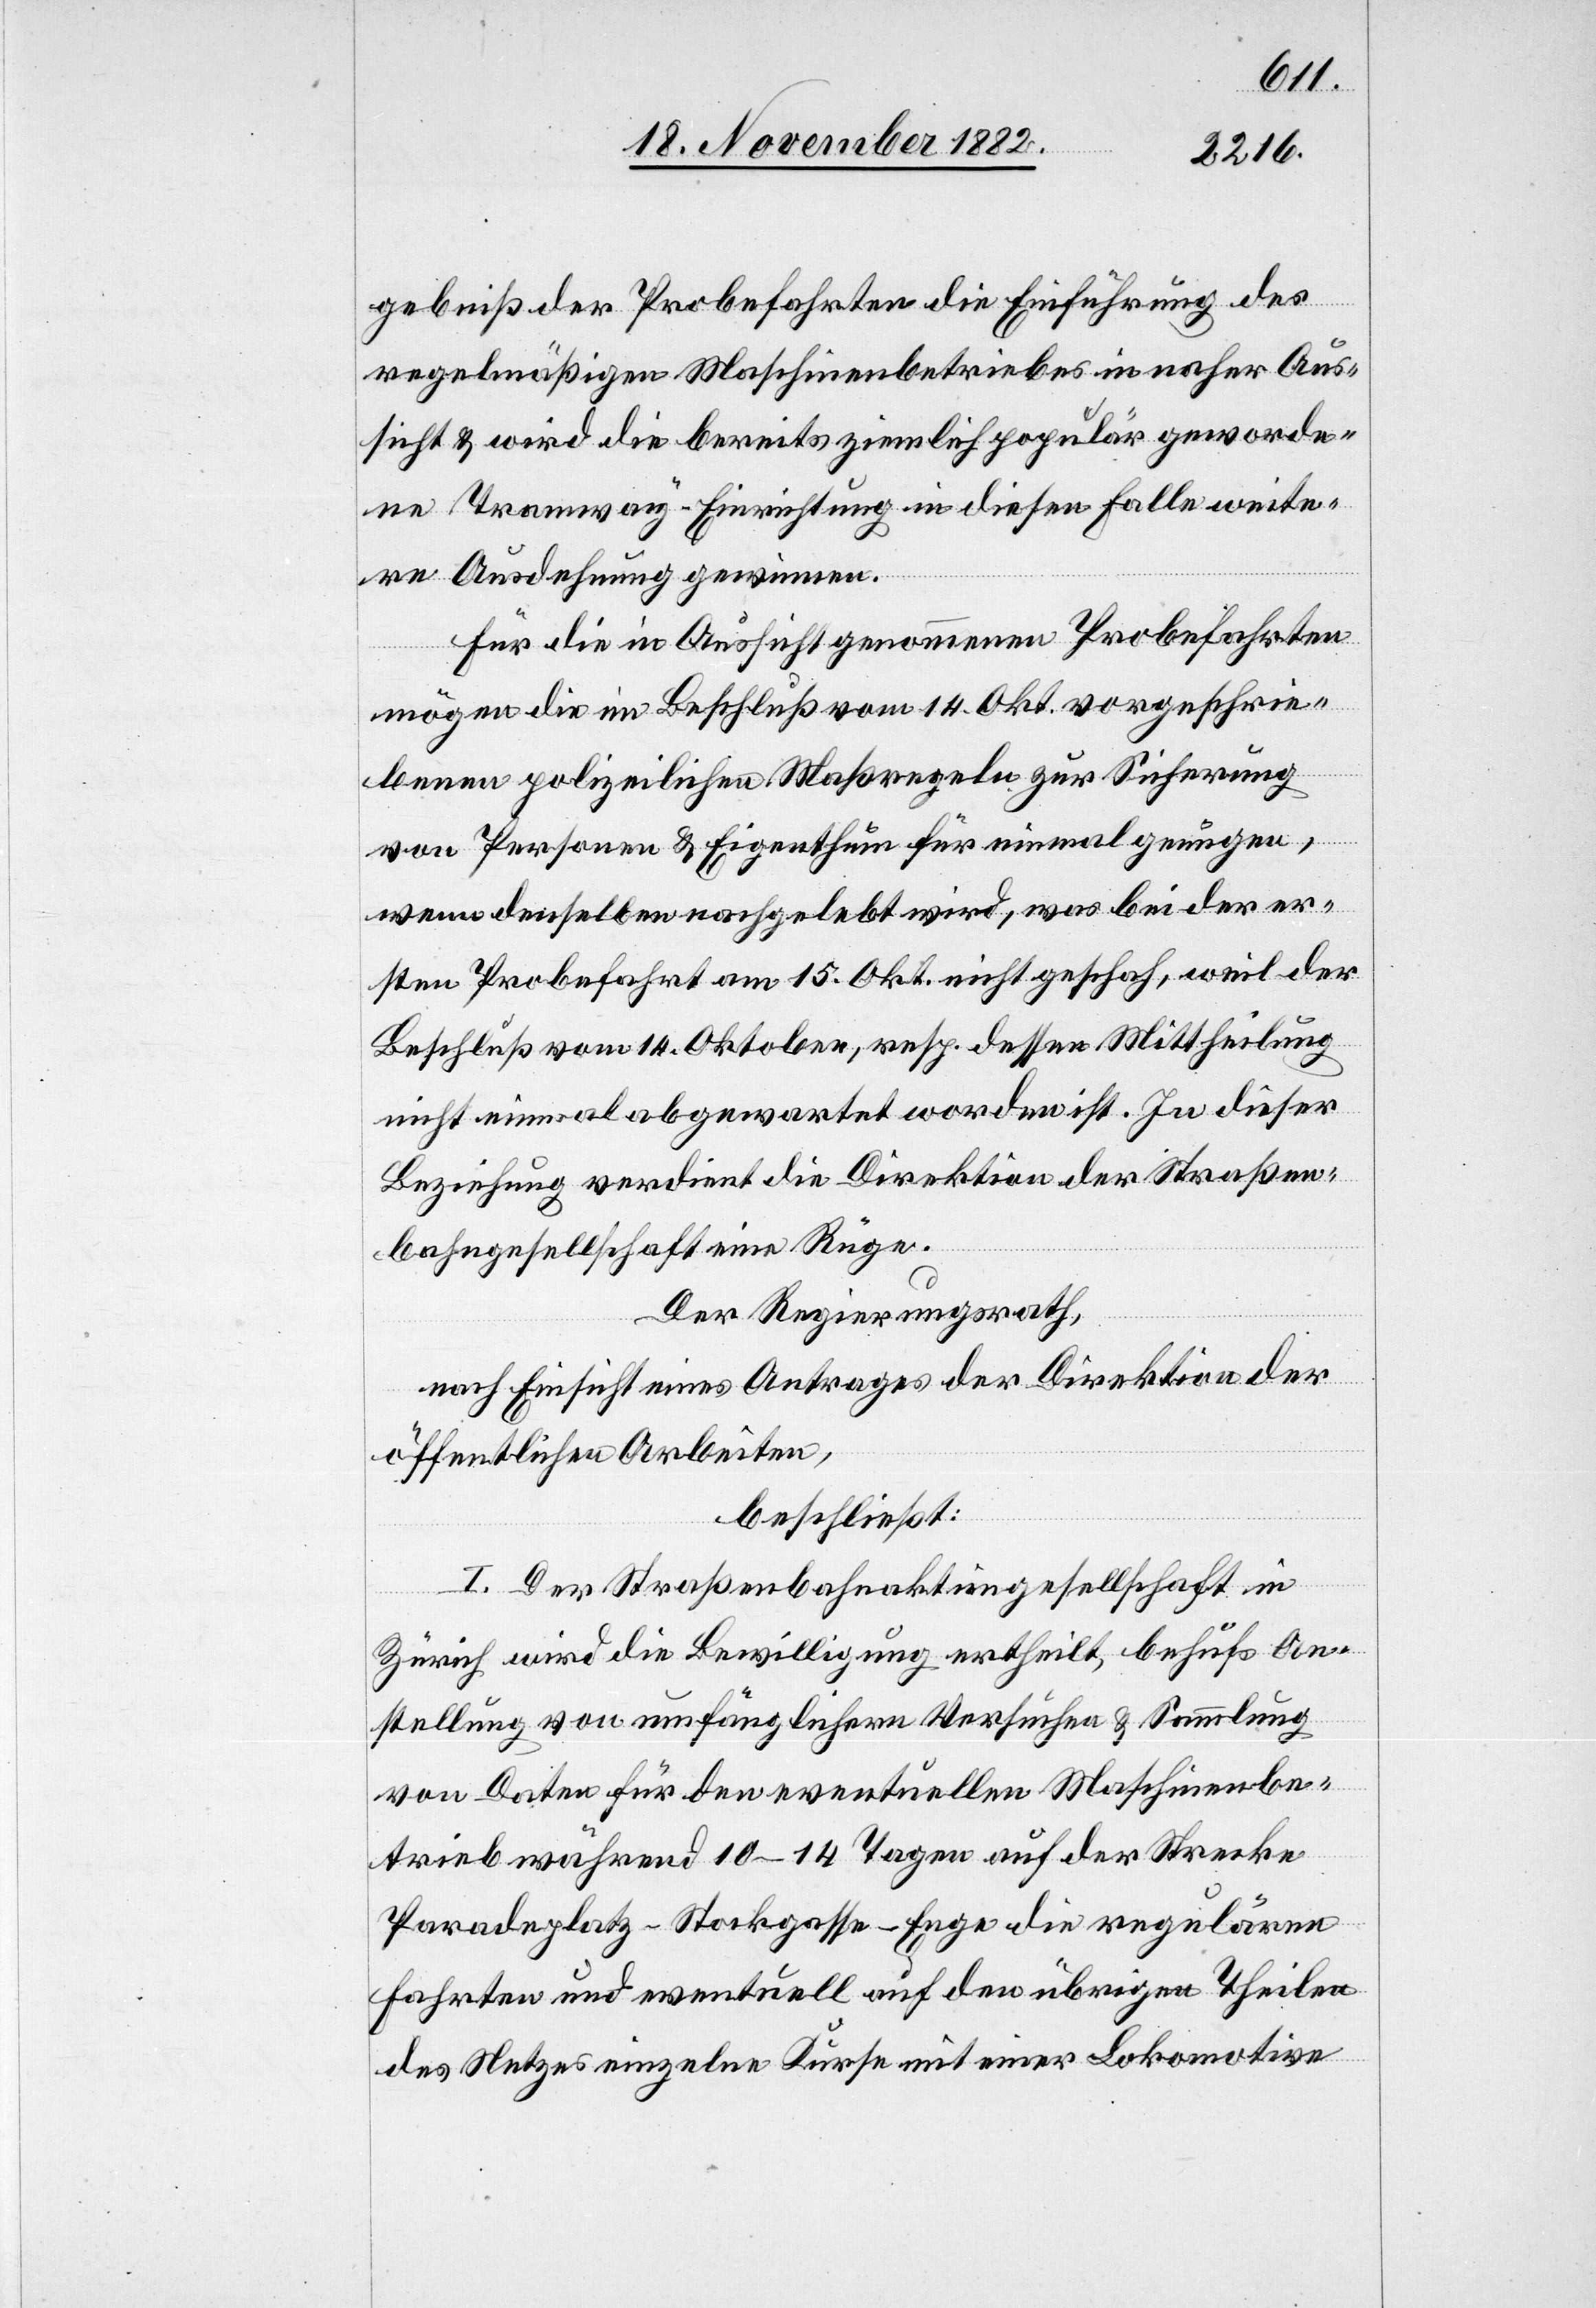
gebniß der Probefahrten die Einführung des
regelmäßigen Maschinenbetriebes in naher Aus¬
sicht & wird die bereits ziemlich populär geworde¬
ne Tramway-Einrichtung in diesen [recte:
weitere Ausdehnung gewinnen.
Für die in Aussicht genommenen Probefahrten
mögen die im Beschluß vom 14. Okt. vorgeschrie¬
benen polizeilichen Maßregeln zur Sicherung
von Personen & Eigenthum für einmal genügen,
wenn denselben nachgelebt wird, was bei der er¬
sten Probefahrt am 15. Okt. nicht geschah, weil der
Beschluß vom 14. Oktober, resp. dessen Mittheilung
nicht einmal abgewartet worden ist. In dieser
Beziehung verdient die Direktion der Straßen¬
bahngesellschaft eine Rüge.
Der Regierungsrath,
nach Einsicht eines Antrages der Direktion der
öffentlichen Arbeiten,
beschließt:
I. Der Straßenbahnaktiengesellschaft in
Zürich wird die Bewilligung ertheilt, behufs An¬
stellung von umfänglichern Versuchen & Sammlung
von Daten für den eventuellen Maschinenbe¬
trieb während 10–14 Tagen auf der Strecke
Paradeplatz–Stockergasse–Enge die regulären
Fahrten und eventuell auf den übrigen Theilen
des Netzes einzelne Kurse mit einer Lokomotive